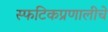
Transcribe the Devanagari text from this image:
स्फटिकप्रणालीचे